Medical and sanitary report on the native army of Bombay for the year
Year: 1877
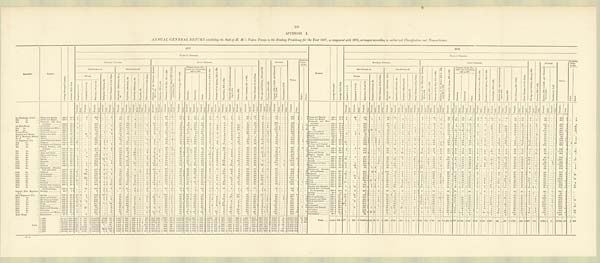
101
APPENDIX I.
ANNUAL GENERAL RETURN exhibiting the Sick of H. M.'s Native Troops in the Bombay Presidency for the Year 1877, as compared with 1976, arranged according to authorized Classification and Nomenclature.
REGIMENT.
STATION.
A v e r a g e S t r e n g t h P r e s e n t .
A v e r a g e D a i l y S i c k .
1877.
STATION.
A v e r a g e S t r e n g t h .
A v e r a g e D a i l y S i c k .
1876.
CLASS OF DISEASES.
CLASS OF DISEASES.
GENERAL DISEASES.
LOCAL DISEASES.
O l d A g e a n d D e b i l i t y , 9 0 4 a n d 9 0 5 .
P o i s o n s , 9 0 6 t o 9 9 1 .
INJURIES.
TOTAL.
SURGICAL
OPERA-
TIONS.
GENERAL DISEASES.
LOCAL DISEASES.
O l d A g e a n d D e b i l i t y , 9 0 4 a n d 9 0 5 .
P o i s o n s , 9 0 6 t o 9 9 1 .
INJURIES.
TOTAL.
SURGICAL
OPERA-
TIONS.
Sub-Division A.
Sub-Division B.
D i s e a s e s o f t h e N e r v o u s S y s t e m ,
5 9 t o 1 0 4 .
I N s a n i t y , 1 0 5 t o 1 1 0 .
D i s e a s e s o f t h e E y e , 1 1 1 t o 1 8 5 .
D i s e a s e s o f t h e H e a r t , 2 1 9 t o 2 4 4 ,
a n d 2 5 0 t o 2 5 8 .
D i s e a s e s o f L u n g s , 2 9 0 t o 3 3 7 .
D i s e a s e s o f t h e S t o -
mach and Intestines,
449 to 500.
D i s e a s e s o f t h e L i v e r , 5 0 1 t o 5 2 0 .
D i s e a s e s o f t h e S p l e e n , 5 2 4 t o 5 3 0 .
G o n o r r h œ a , 5 8 5 t o 5 9 4 .
A b s c e s s , 8 1 9 ; a n d e l s e w h e r e a c c o r d -
i n g t o s i t e .
U l c e r s , 8 5 9 .
S k i n D i s e a s e s , 8 2 7 t o 9 0 1 .
O t h e r D i s e a s e s o f t h i s C l a s s .
I n j u r i e s , 9 9 2 t o 1 1 4 6 , a n d B l i s t e r e d
F e e t , 1 1 4 8
P u n i s h m e n t , 1 1 4 7 .
M a j o r .
M i n o r .
Sub-Division A.
Sob-Division B.
D i s e a s e s o f t h e N e r v o u s S y s t e m ,
5 9 t o 1 0 4 .
I n s a n i t y , 1 0 5 t o 1 1 0 .
D i s e a s e s o f t h e E y e , 1 1 1 t o 1 8 5 .
D i s e a s e s o f t h e H e a r t , 2 1 9 t o 2 4 4 ,
a n d 2 5 0 t o 2 5 8 .
D i s e a s e s o f t h e L u n g s , 2 9 0 t o 3 3 7 .
Diseases of the Sto.
mach and Intestines,
449 to 500.
D i s e a s e s o f t h e L i v e r , 5 0 1 t o 5 2 0 .
D i s e a s e s o f t h e S p l e e n , 5 2 4 t o 5 3 0 .
G o n o r r h œ a , 5 8 5 t o 5 9 4 .
A b s c e s s , 8 1 9 ; a n d e l s w h e r e a c c o r d -
i n g t o s i t e .
U l c e r s , 8 5 9 .
S k i n D i s e a s e s , 8 2 7 t o 9 0 1 .
O t h e r D i s e a s e s o f t h i s C l a s s .
I n j u r i e s , 9 9 2 t o 1 1 4 6 , a n d B l i s t e r e d
F e e t , 1 1 4 8 .
P u n i s h m e n t , 1 1 4 7 .
M a j o r . M i n o r .
Fevers.
M a l i g n a n t C h o l e r a , 1 8 .
O t h e r D i s e a s e s o f t h i s C l a s s .
R h e u m a t i c A f f e c t i o n s , 3 4 t o
4 2 .
S y p h i l i t i c A f f e c t i o n s , 4 3 .
S c o r b u t i c A f f e c t i o n s , 5 4 .
Dr o p s i e s , 5 7 .
O t h e r D i s e a s e s o f t h i s C l a s s .
D i a r r h œ a .
D y s e n t e r y .
O t h e r .
Fevers.
M a l i g n a n t C h o l e r a , 1 8 .
O t h e r D i s e a s e s o f t h i s C l a s s .
R h e u m a t i c A f f e c t i o n s , 3 4 t o
4 2 .
S y p h i l i t i c A f f e c t i o n s , 4 3 .
S c o r b u t i c A f f e c t i o n s , 5 4 .
D r o p s i e s , 5 7 .
O t h e r D i s e a s e s o f t h i s C l a s s .
D i a r r h œ a .
D y s e n t e r y .
O t h e r .
E r u p t i v e , 1 t o 5 0 .
C o n t i n u e d , 6 t o 1 4 .
M a l a r i o u s , 1 5 a n d 1 6 .
E r u p t i v e , 1 t o 5 .
C o n t i n u e d , 6 t o 1 4 .
M a l a r i o u s , 1 5 a n d 1 6 .
T r e a t e d . D i e d .
T r e a t e d .
Di ed.
T r e a t e d .
D i e d .
T r e a t e d .
Di ed.
T r e a t e d .
D i e d .
T r e a t e d .
Di ed.
T r e a t e d .
D i e d .
T r e a t e d .
D i e d .
Tr eat ed.
D i e d .
T r e a t e d .
D i e d .
T r e a t e d .
D i e d .
Tr eat ed.
Di ed.
Tr eat ed.
D i e d .
Tr eat ed.
D i e d .
T r e a t e d .
Di ed.
T r e a t e d .
D i e d .
T r e a t e d .
D i e d .
T r e a t e d .
D i e d .
T r e a t e d .
D i e d .
T r e a t e d .
Di ed.
Tr eat ed.
D i e d .
T r e a t e d .
D i e d .
T r e a t e d .
D i e d .
T r e a t e d .
D i e d .
Tr eat ed.
D i e d .
T r e a t e d .
D i e d .
T r e a t e d .
D i e d .
T r e a t e d .
D i e d . T r e a t e d . D i e d .
T r e a t e d .
D i e d .
T r e a t e d .
Di ed.
T r e a t e d .
D i e d .
Treated.
Di ed.
Tr eat ed.
D i e d .
T r e a t e d .
D i e d .
T r e a t e d .
D i e d .
T r e a t e d .
D i e d .
Treat ed.
D i e d . T r e a t e d .
D i e d .
T r e a t e d .
Di ed.
T r e a t e d .
D i e d .
Tr eat ed.
D i e d .
T r e a t e d .
D i e d .
Tr eat ed.
D i e d .
Treated.
Di ed.
T r e a t e d .
D i e d .
T r e a t e d .
D i e d .
T r e a t e d .
D i e d .
T r e a t e d .
D i e d .
T r e a t e d .
Di ed.
T r e a t e d .
D i e d .
T r e a t e d .
D i e d .
Treated.
D i e d .
T r e a t e d .
Di ed.
T r e a t e d .
Di ed.
T r e a t e d .
Di ed. T r e a t e d .
D i e d .
T r e a t e d .
D i e d .
Tr eat ed.
Di ed.
T r e a t e d .
D i e d .
528
2 ...
8 Poona and Baroda
... 435 . 8
17 . 0
1
...
28
. . .
187 ... ...
... 1
. . .
20 ... 13
. . ....
. . . . . .
. . ....
...
2
1 ...
. . .
26 . . ....
. . .22
1
5
. . .
14 . . .
6
. . .
8
1
2 ...
14 . . .
. . .
. . .3
. . .
51 ...
15 ...
2 ...
. . .
. . .83
. . ....
... 503
3
...
7
1st Regiment, N.L.C. ... Poona and Baroda ... 432 . 7
16.0
2
. . .
9
...
280 1 ... ...
2
. . .
10
...
9
. . .
. . . . . ....
. . .
. . .
. . .
1
. . . .
... ...
2 0
. . .
1
. . .
15 1
6 ...
17
. . .
5 ...
3
...
1 ... 13
...
1 ...
1 ...
40
. . .
1 7
...
2
. . .
...
. . .
7 3 ... ... ...
308
3
. . .
2 Deesa and R ajkot
... 460 . 4
11.3
2
..
.
2
...
90 ... 1
. . .
1
. . .
25
. . .
1 . . .2
. . . . . .
. . ....
...
5
. . ....
. . .
8
. . .1
. . .17
2
12
. . .
11 . . .
36
. . .
2
. . .
. . ....
9
. . .
9
. . ....
. . .
16 ...
11 ...
4 ...
1
. . .88
. . ....
... 354
2
...
2
2nd
do.
... Deesa and Rajkot. ..... 459 . 0
11 . 9
1 ...
7
...
70 ... ... ...
... ...
27 ...
1 ...
3 ... ... ...
. . .
. . .
1
. . .... ...
14
. . ....
. . .
15 1
2
. . .
13
1
17
. . .
4
. . .
. . .... 4
. . .
6 ...
4
. . .
20
1
9
. . .
5
. . . . . . . . .
85
. . .
. . .
. . .
4 6 8
. . .
. . .
. . . Neemuch and Nus-
seerabad...........
440.2
15.4
. . ....
...
. . .
213...
...
. . .
. . .
. . .
37
. . .
6 . . .1
. . . . . .
. . ....
...
6
. . ....
. . .
19 . . .2
. . .11
...
7
. . .
19 1
11
1
5
. . .
3 ...
5
. . .
2
. . ....
. . .
80 ...
21 ...
1 ....
2
. . .151
. . ....
... 602
2
...
2
3rd
do.
... Neemuch and Nus-
seerabad
443.8
12.6
3
. . .
. . .... 144
. . .
. . ....
. . .
. . .
47 ...
13 . . .
5 . . ....
. . .
. . .
. . . 11 . . . ... ...
22
. . . 1
. . .
8...
6
. . .
13
...
14
...
4
...
. . ....
2
. . .
2...
. . .
. . .
47
. . .
13
. . .
3
. . . 1
. . .
1 0 9
. . .
. . .
. . .
729
3
1
34 Jacobabad
325.2
14 . 3 ...
...
. . .
. . .
436...
...
. . .
. . .
. . .
19
. . .
12 . . .8
. . . . . .
. . ....
...
. . .
. . ....
. . .
6
. . ....
. . .10
4
8
. . .
21 . . .
5
. . .
3
. . .
. . .....
11 . . .
4
. . .39
. . .
33 ...
10 ...
2 ...
1
. . .73
1 ...
...
701
5 ...
33
1st Sind Horse
... Jacobabad
358.9
19 . 2 ... ...
. . . ...
347 3 ... ...
1 . . .
20 ...
16 ...
6 ... ...
. . .
2
. . .
2 ... ... ...
16
. . .
...
...
22
...
32
. . .
30 ...
14 ...
2 . . .
8 ...
8 ...
8 ...
26
. . .
4 3 ...
16 ...
2 ...
1 ...
1 0 7
. . . ...
. . .
290
4
1
7
Do. . . . . . . . . . . . . . . . . . . . . . . . . . . . . . .
340.0
11.8
. . ....
...
. . .
220 ...
...
. . .
. . .
. . .
9
. . . 11
. . . 3
. . . . . .
. . . 1 ...
1
. . . 1
. . .
5
... 1 ...
19
2
. . .
. . . 8
. . .
2
. . .
. . . . . .
. . . ...
12 . . .
6
. . .50
. . .
19 ...
5 ...
1 ...
. . .
. . .47
. . ....
... 421
2 ...
13
2nd do.
... Jacobabad and Mittri. 284.0
11 . 5
5 ...
...
...
105 1 ... ...
... . . .
11 ...
14 ...
7 ... ... ... ...
...
3 . . .... ...
1 . . . ...
. . .
12 2
6
. . .
19
. . .
3
. . .
1 . . .
3 ...
4 ...
7 ...
32 ...
1 6 ...
6
. . .
2 ...
2 ...
31 1 .. .
...
571
7
1
39
Do
.....
369 . 7
17.7
. . ....
...
. . .
402 1 26
9
. . .
. . .
16
. . . 4
. . . ...
. . . . . . ...
4 ...
2
1 ...
. . .
11 . . ....
. . .
13
5 60 3 36
2 19
...
. . . ...
3 ...
3
. . .
8
. . .60
26 ...
12 ...
4 ...
. . .
. . .112
. . ....
... 821
21 ...
28
3rd do.
... Jacobabad
332.4
12.1
. . . . . .
. . . ... 222
. . .
. . ....
2 1
15 ...
1
. . .
. . . . . ....
. . .
. . .
. . .
7 1 ... ..
8 . . .1
. . .
12 1
38 2
22
. . .
10
. . .
2 . . .
7 ...
2 . . .
7 ...
23
. . .
54
. . .14
. . .
3
. . . . . . . . .
1 2 1
2
. . .
. . .
240
4 ...
. . . Sirur and Dhulia ...... 416 . 5
13.2 . . .
...
1
. . .
111 1 ...
...
2
1
23
...
1 ...
1 ... 1 ...
3 ...
3 ... ...
...
9
... 1 ...
11 ...
4 ...
9 ... 16
... 2 ...
. . . ...
2 ...
8 ...
2
...
14 ... 12
...
3 ...
. . .
. . .
6 2
. . .
...
...
301
2 ...
2
Poona Horse
... Sirur and Dhulia
424 . 1
10 . 2 . . .
...
. . . ... 86
. . .
1 1
. . . . . .
1 5
...
3
. . .
1 . . ....
. . .
3
1
7 . . .
1
...
1 5
...
...
. . .
6 ...
3 ...
4
. . .
14 ...
4 . . .
. . . ...
5 ...
2 ...
. . .
. . .
1 2 ...
19
1
2
. . . 2
1
3 5... ...
. . .
4 6 8
5
. . .
3 Kirkee and Aden .....
464.5
9.5
2 ...
2
1
58 ... 1
. . .
. . .
. . .13
. . .
14 . . . 4
. . . 1
. . ....
..
1
. . .2
. . .
27 . . . 1
1
12 ...
4
. . .
8
. . .
3
. . .
1
. . .
1 ...
6
. . .
. . .
. . . 4
. . .
21 ...
10 1
3 ...
3
. . .28
. . . ... ... 230
3 ...
. . .
Sappers and Miners
... Kirkee and Aden
470.1
16 . 7
1
...
41 1
128
. . . ... ...
3 ...
3 4 ...
18 ...
4 . . .... ...
3 ...
3 . . .
1
...
20
. . .2
1
13 1
16 . . .
8
1
31
. . .
3 1
2 ...
4 . . .
1 ...
9
. . .
28
. . .17
. . .
2
. . . 4
. . .
7 2 ... ... ...
75
1
. . .
3 Rajkot
120.0
3.0
. . . ...
...
. . .
25 ...
1
. . .
. . . . . .
11
. . . 3
. . . ...
. . . . . .
. . ....
...
3
. . ....
. . .
3
. . . ... . . .
2 ...
3
. . .
2
. . .
3
1
. . . . . .
. . . ...
3
. . .
. . .
. . . 2
. . .
2 ...
3 ...
1 ...
. . .
. . .17
. . ....
... 84
1 ..
1
No. 1, Mountain Battery. Raj kot ................
117.0
2 . 8
. . .
. . .
4 ...
20 1
. . ....
. . .
. . .
6 ...
...
. . .
. . . . . ....
. . .
. . .
. . .
. . . . . .... ...
5
. . ....
. . .
10 ...
. . . . . .
4
. . .
2
. . .
7 . . .
. . ....
3 . . .
2 ...
1
. . .
7 ...
. . .
...
1 ... ... ...
3 ... ... ...
519
2 ...
6 Jacobabad ..........
95.4
7 . 6 ... ...
...
. . .
163 1
9
5
. . . ...
26 ... . . .
...
...
. . . . . .
. . . 1 ...
. . .
. . ....
. . .
. . . . . . ... . . .
91
24
1
6
1
9
. . .
. . . . . .
1 ...
1
. . .
1
. . . 11
. . .
2 ...
8 1
4 ...
1
. . .23
. . ....
...
299
10 ...
5
No. 2
do.
... Mittri... ........
155 . 0
16 . 2
. . .
. . .
. . ....
237 1
. . ....
. . .
. . .
26 ...
5
. . .
. . .
. . .... ...
. . .
. . . . . .
. . . ... ...
6
. . ....
. . .
17 ...
46 . . .
50
. . .
13
. . .
1 . . .
3 ....
7 . . .
2 ...
32
. . .
7
. . .
9
. . .
2
. . . . . . . . .
56
. . .
. . .
. . .
6 4 6
6
1
1 Ahmedabad and S a d r a .
6 9 3 . 629.3
. . ....
... . . .
423 3
5
2
2 ...
71 ...
3
. . . 5 ... 1 ...
3
1
4
1 1 ... 55
... ... ...
65
2 25 ... 29
... 24
1
1
1
6 ...
7 ...
6 ... 18
...
24 ... 26 ... 15 ... 1 ..
59 ... ... ...
879
11 ...
2
1st Regiment, N.I.
... Ahmedabad and Sadra
666 . 9
22 . 1
3 ...
. . .... 238
. . .
4 1
. . .
. . .
78 ...
4
. . .
. . . . . ....
. . .
7
1
3
. . .1 ...
29
. . .3
1
58 2
33 1
24
. . .
15
. . .
2 . . .
. . ...
9 . . .
5 ...
2
. . .
40
. . .
15
. . .
16 . . . 1
. . .
56
. . .
. . .
. . .
3 7 5
9
3
20
B e l g a u m
6 3 0 . 0
1 6 . 7
21
. .
.
...
. . .
1 2 0 2
1
1
2 ...
13
. . .
2 . . . 6
. . . . . .
. . .
. . . ...
5
1 ... ... 30 ... 4 1
33 ...
10
... 25
... 10
. . . 4 ...
1 ...
4 ... 10 ... 10 ...
32 ... 19
...
6 ... 1 ...
41
. . . ... ...
410
5
2
34
2nd
do.
... Belgaum ...........
631.0
19.3 26
. . .
. . ....
108
1
6 5
. . .
. . .
7 ...
17 ...
7 ... ...
. . .
. . .
. . .
2 . . .... ..
1 0
. . ....
. . .
19 1
13 1
28
. . .
11
. . .
6 . . .
5 ...
5 . . .
. . ....
13
. . .
31
. . .
17
. . .
8
. . . 4
1
32
. . .
. . .
. . .
727
4
. . .
2
Kol a pur a nd Ka l a dj i . . .
6 3 6 . 8
1 7 . 2
3 ...
...
. . .
199...
. . .
. . . 1
. . .7
...
15
. . . 4
. . .
...
. . .3
..
4
. . .2
. . .
26 . . . 2
. . .
48 1
14
. . .
24
. . .
26
1
2
. . .
3 ...
9
. . .
5
. . .4
. . .
72 ...
21 ...
14 ...
1
. . .121
. . ....
...
630
2 ...
. . .
3rd
do.
... Kolhapur and Kaladgi 637 . 4
19 . 1
5 ...
...
... 277
2
1 ...
1
. . .
35 ...
27 . . .
5 . . ....
. . .
5
..
5 . . .... ...
37
. . ....
. . .
45 2
24 . . .
35
. . .
18
. . .
7 . . .
2 ..
16 . . .
7 ...
2
. . .
49
. . .
29
. . .
13 . . . . . . . . .
82
. . .
. . .
..
8 5 7
5
2
5 Satara, Bombay, and
Assirgur .......
6 0 3 . 3
1 7 . 8
4 ...
3
1
184...
...
. . .
12
. . .73
. . .
20 . . . 7
. . . . . .
. . .2
...
2
. . .1
. . .
18 . . . 3
. . .
36 2
20
. . .
9
. . .
26
. . .
1
1
. . . ...
5
. . .
2
. . .4
.
60 ...
19 ...
9 ...
1
. . .82
. . ....
... 603
4 ...
7
4th
do.
... Satara, Bombay, and
Assirgur.........
657.6
24 . 4 3 ...
...
...
416 ...
3 1
3 1
55 ...
39 ...
4 ... ...
. . .
. . .
. . .
3 . . .
..
....
5 9
. . . 2
...
3 4
1
13
. . .
13
. . .
21
. . .
6 1
. . ....
13 . . .
. . ....
1
. . .
59 ...
22 ...
11 ... 1 ...
76 1 ...
...
860
5 ...
24 Poona ..................
5 8 9 . 0
2 2 . 1
5 ...
. . . . . .
7 8 4
... ...
. .
3
. . .
32
. . .
8
. . .
7
. . . . . .
. . .
. . . ...
2
. . . 1
. . .
2 1
. . .
1 . . .
2 0...
1 0
. . .
1 2
. . . .
2 8
. . .
1
. . .
3 ...
1 3
. . . .
6
. . .
1
. . .
6 6 ...
1 4 ...
4 ...
. . . . . .
7 7
. . . ...
...
1,119
. . . ...
2 6
5th
do.
... Poona.........
606.0
18.8
5
. . .
. . . ... 559
2
. . ....
1
. . .
32 ...
27 . . .
3 .. 1
. . .
3
. . .
5 . . .2 ...
28
. . .1
1
12 ...
12 2
12
. . .
9
. . .
. . . . . .
2 ...
15 . . .
5 ...
1
. . .
50
. . .
26
. . .
. . . . . . . . . . . .
49
. . .
. . .
. . .
3 8 6
7
. . .
5 Aden and Perim ......
6 9 2 . 6
1 4 . 6
. . ....
...
. . .
1463 ...
. . .
. . .
. . .30
. . .
3 . . . 22
. . . . . .
.. 7
...
10
. . .4
. . .
8
. . . 1
..
16 1
14
. . .
22
. . .
25
. . .
8
. . .
6 ...
4
. . .
3
. . . 3
..
32 ...
26 ...
1 ..
3
. . .45
. . ....
... 439
4 ...
5
6th
do.
... Aden and Perim ............. 691.0
15.5
. . . . . .
1 ... 53
. . .
. . . ....
. . .
. . .
75 ...
2
. . .
33 1 ...
. . .
3
1
3 . . .7 ...
3
. . . ...
. . .
23
3
3 6 1
2 5 ...
1 9 ...
4 . . .
3 ...
1 ...
2 ...
6
. . .
2 5
. . .
17
. . .
1 1 . . . 1 ...
33
1 ...
...
454
7 ...
8 Rajkot, Tanna, and
Burdachoky .........
7th
do.
... Rajkot and Tanna ...
599.0
15 . 2 ... ...
...
...
199
1
1 1
...
. . .
33
...
7
. . .
1 0 . . ....
. . .
. . .
. . .
4 1
... ...
1 6
...
2
1
2 1
1
7
...
1 8
. . .
2 0
..
1 9
1
5 ...
5
. . .
6 ...
4 ...
2 5
. . .
1 5 . . .
5 1
. . . . . .
32 . . .
. . .
. . .
9 6 1
6
. . .
29
Burdachoky ......... 623 . 2
24 . 1
7
1
1
...
493 1
1 ...
1 ...
42 ...
3
... 24 ...
. . .
...
3 ...
1
1 ... ... 11 ... 3 ...
30
... 15
... 12 ... 23 ...
9
. . . 2 ...
1 ... 20
. . . 10 ...
31 ... 21 ... 30 ...
. . .
...
35 1 ...
...
829
4 ...
1
8th
do.
... Poona ...............
631.6
24.3
8 ...
5 ...
517 3 ... ...
. . . ...
39 ...
30 . . .
4 ... ... . . .
2
...
13
... 3 ...
32
. . ....
. . .
40 1
13 . . .
24
. . .
37
..
3 1
3 ...
2 . . .
2 ...
3
. . .
36
. . .
18
. . .
8
1
. . . . . .
1 1 9... ... ...
486
13 ...
. . . Poona ........
684.0
28.1
19 ...
...
. . .
648...
...
. . .
1
. . .68
. . .
33 . . .1
. . . . . .
. . .12
...
7
. . .5
. . .
15 . . . 3
. . .
1062
24
. . .
14
. . . .
43
. . .
4
. . .
2 ...
10
. . .
5
. . .4
. . .
43 ...
24 ... 32
...
. . .
. . . .214
. . ....
... 1,337
2 ...
17
9th
do.
... Baroda ............
671.3
15.2
4
. . .
. . .... 181
2
13 8
. . .
. . .
28 ...
4
. . .
1 . . ....
. . .
6 1
8 1 ... ...
47
. . ....
. . .
36 ...
11 . . .
22
. . .
13
. . .
1 1
2 ...
2 . . .
. . ....
6
. . .
33
. . .
25
. . .
. . . . . . . . .
4 3
. . .
. . .
. . .
1 2 7 7
1
. . .
. . . Baroda ............
662.0
11.9
. . ....
...
. . .
222...
...
. . .
2
. . .31
. . .
7 . . ....
. . . . . . .
. . .5
2
11
. . .1
. . .
24 . . . ... . . .
42 ...
5
. . .
12
. . .
12
. . .
. . . . . .
. . . ...
3
. . .
3
. . .4
. . .
20 ...
13 ... 1
...
. . .
. . .44
. . .1
... 463
2 ...
. . .
10th
do.
... Neemuch ..............
637.7
38.7
4
. . .
. . . 948
. . .
1 ...
1
. . .
32 ...
15 . . .
. . . . . ....
. . .
. . . . . .
8 . . .2 ...
12
. . . ..
. . .
23 ...
18
. . .
9 ..
22
. . .
1 1
2 ...
10 ...
8 ...
10
. . .
42 ...
1 8
...
1
. . . . . . . . .
89 . . .
1
. . .
764
5 ...
3 Mehidpur and Agar ... 621.0
48.1 10 ...
1
...
943 3 ... ... 21 ...
77
1 23 ...
7 ... ... ...
1 ...
1 ... 2
12
. . .
...
. . .
45
1 25 ... 14 ... 32 ... 8 ... 2 ... 10 ... 7 ... 10
. . .
54 ... 34 ... 11 ...
. . . . . .
119
..
1 ... 1,470
5 ...
4
llth
do.
... Bhuj
684.1
29.7
2
. . .
3
1
300 2
. . ....
2
. . .
42 ..
15 . . .
10 . . ....
. . .
3 . . .
22 . . .... ...
24
...
1
...
76 1
11
...
21 ...
29
...
7
...
1 ...
1 5
...
3 ...
4
. . .
41 ...
22 ...
. . . . . . 4
1
1 0 6 ...
. . . ...
531
6 ...
2 Bhuj
678.2
19.2
2 ...
42
. . .
132... ...
. . .
. . .
. . .22
. . .
20 .. 7
. . . . . .
. . .1
...
15
. . ....
. . .
12 . . .1
..
37 ...
9
1
15
. . .
35
. . .
15 1
3 ...
7
. . .
6
. . .15
. . .
23 ...
35 ... ...
...
1
. . .44
. . .
. . ....
4 9 9
2 ...
1
12th
do.
... Dharwar
648.7
14.1
4 ...
1 ...
178 ...
3 2 ...
...
19 ...
44 ...
1 ... ...
. . .
4
. . .
13 2 ... ....
18
. . ...
. . .
24 ...
9
1
29
. . .
10
. . .
6 1
1 ...
33 . . .
12 ...
8
. . .
11
. . .
36
. . .
22 . . . . . . . . .
44
. . .
1
. . .
5 3 1
6
. . .
2 Dharwar
642.8
13.6
1 ...
3
. . .
68 ...
2
2
. . .
. . .
30
. . . 5
. . .
. . .
. . . . . .
. . . 1 .... 10
. . . ...
. . . 15 ... ... . . .
17
2
7 ... 17 ... 10 ... 14 ... ... ...
4 ... 12 ...
6
. . . 17 ... 43 ...
4 ... ... ...
32
. . . ... ...
318
4 ...
5
13th
do.
... Malligaum Ahmeda-
bad, and' Sadra
... 618 0
15.7
9
. . .
15 ...
207 2
3 1
2 ...
41 ...
7
. . .
1
. . .
... ...
5 1
10 ....
. . ....
33 ... ... ...
52 ...
23 ...
37 ...
46 ...
2 ...
1 ...
3 ...
10 ...
5 ...
28 ...
37 ...
4 ... 2 ...
91 ... ... ...
674
4 ...
4 Malliganm, Ahmeda-
bad and Sadra
655.5
20.5
5
...
...
...
263
...
12 2
. . .
... 100 ...
9 ...
1
. . . . . .
. . .
3
1 18
. . ....
. . .
35 . . ....
. . .
93 ...
18
. . .
21
. . .
37
. . .
2
. . .
. . . ....
6
. . .
4
. . . 2
. . .
37 ...
26 2
9 ...
1
. . .65
. . ....
... 767
5 ...
. . .
14th
do.
... Belgaum
598.1
20.9 19 ...
8 ...
156 1
. . ....
. . .
. . .
13 ...
8 . . .
. . . . . .2
. . .
3
1
4 . . . 1...
15
. . .1
. . .
31 1
32 . . .
25
. . .
10
.. .
6 . . .
. . . ...
17 ...
2 ...
8 ...
21
. . .18
1
2
. . . . . . . . .
51
. . .
. . .
. . .
4 5 3
4 ...
23 Belgaum
569.1
17.41 18 ...
...
. . .
196 ...
...
. . . 1
1
18
. . . 7
. . . 2
. . . . . .
. . . 3 ...
4
. . ....
. . . 39
. . . 1
..
72 3
9
. . .
12
. . .
8
. . .
7
. . .
. . . ...
8
. . .
3
. . . ...
. . .
30 ...
14 1
... ...
1
. . .36
. . ....
... 489
5 ...
20
15th
do.
... Ahmednugur
585.0
17.3
6 ...
201 ...
103 2
2 1
2 ...
10 ...
17 ... ...
.. . . . ..
3
1
5 1 ... ...
75
. . ....
. . .
10 2
25 . . .
37
. . .
12
. . .
1
. . .
. . ....
10 . . .
8 ...
4
. . .
22
. . .16
. . .
. . . . . . . . . . . .
36
. . .
. . .
. . .
6 0 5
7
. . .
30 Ahmednugur ......
584.0
1 3 . 6
5 ...
36
. . .
1323
...
. . .
5
. . .21
. . .
19 . . . 1
. . . . . .
. . ....
...
5
. . . ...
. . .
29 . . .3
. . .
18 ...
23
. . .
33
. . . .
12
1 ... ... ... ...
3 ... ...
. . .
2
. . .
39 ...
15 ...
... ... ... ... 18
. . ....
... 419
4 ...
...
16th
do.
... Nusseerabad ..........
668.0
22.2
16 . . .
. . .... 505
. . .
. . . ...
. . .
. . .
53 ...
13 . . .
3 1 ...
. . .
. . .
. . .
3 . . .... ...
39
. . .
....
. . .
30 2
29 ...
1 ...
11
. . .
. . . ...
1 ...
8
.....
. . . ...
3 ...
83 ...
23 ...
19 . . . . . . ...
74 ... ...
...
9 1 4
3 ...
. . . Nusserabad
653.1
39.2
3 ...
3
1
862 1
... ...
5 ...
65 ...
4 ... ...
...
. . .
...
... ...
6
1 ... ... 25
... 1 1
49 ...
56
.. 8 ... 21 ...
1 ...
2 ...
9 ... 2 .. .
10
. . . 72 ... 21 ...
15 ...
... . . .
81
. . . ... ... 1,321
4 ...
11
17th
do.
... Surat
635.9
29.8
. . .
...
409 ...
692 3
22
. . .
. . .
44 ...
9 ...
5 . . .
...
. . .
1 ...
9
. . . ...
..
11
. . ....
. . .
55 ...
50
. . .
28
. . . 15 1
2
. . .
3 ...
6 . . .
14 ...
54
. . .
20
. . .
21
. . .
28 . . . 1
. . .
26
. . .
. . .
. . .
1 5 1 5 6
. . .
. . . Surat
631.6
35.0
. . .
...
..
...
684 3 11
6
1
1
98 ...
7 ..
9 1 ... ... ... ...
9
. . .
...
. . . 2 ... 2 2
25
1 46 ... 76 ... 41 ...
4 ...
7 ... 16 ... 24 ... 67
1
22 ... 18 ... 27 ... 2 ...
14
. . . ... ... 1,212
15 ...
...
18th
do.
... Deesa
611.1
11.8 10 ...
6 ...
103 ...
. . . ...
1
. . .
32
...
9
. . .
5 . . ....
. . .
. . . . . .
2 . . . ...
...
2 2
. . . ...
. . .
12 ...
10
. . .
7
. . .
12
. . .
. . . ...
1 ...
4 ...
4 ...
2 ...
39 ...
2 1
...
22 . . . ...
. . .
71
. . .
. . .
. . .
3 9 5
. . .
. . .
6 Deesa
627.0
16.2 10 ...
. . .
. . .
86 ... ...
. . .
. . .
. . .
66
. . . 8
. . . 3
. . . 1
. . . 3 1
7
. . ....
. . . 51
. . . 3 1
51 ...
6
1 10 ... 22 ...
3 ...
2 ...
7 ... 10 ...
5
. . . 47 ... 26 ...
9 ... ... . . .
95
. . . ... ...
531
3 ...
9
19th
do.
... Sholapur
613.1
32.1
7 ...
1 ... 567
2
1 1
1
...
34 ...
73 ...
6 .. ...
..
1
...
14 . . .1 ...
4 6
. . . 1
. . .
15 ...
40 2
46
2
23
2
3 ...
. . . ...
29 . . .
7 ...
10 ...
38 ... 36 ...
4
. . . ...
. . .
45 . . .
. . . . . .
1 0 4 9
9
1
34 Sholapur .......
631.5
10.7
. . ....
...
. . .
104 ...
3
1
. . .
. . .
20
. . . 18
. . . 1
. . . . . .
. . .1
1
3
. . ....
. . .
17 . . ....
. . .
17 1
3
. . .
15
. . .
12
. . .
1
. . .
. . . ...
17
. . .
. . .
. . . 8
. . .
34 ...
23 ...
2 ...
. . .
...
39
. . ....
... 338
3 ...
11
20th
do.
. . . Bombay and Junjeera 596.4
23.5
7 ...
2 ...
208 ...
4 3
10 ...
22 ...
26 ..
11 ... ...
. . .
6
. . .
8 1 ... ...
8 . . .1
. . .
16 ...
31 . . .
8
. . .
12
. . .
1 . . .
1 ...
13 . . .
4 ...
2
. . .
47
. . .21
. . .
58 . . . . . . . . .
69
1
. . .
. . .
5 9 6
5
. . .
15 Bombay and Junjeera.. 611.5
42.8
4 ...
19 ...
210 3
2
2
1 ...
85
. . . 28
.. 15
... ... ...
5 ... 12
... 1 ...
9 ... ...
. . .
28
1 40
1 16
1 13 ...
6 ...
1 ... 13 ...
3 ... 11
. . . 61 ... 20 1 54
3 1
. . .
97 1 ... ...
755
13 ...
61
21st
do.
... Bombay and on board
the Steamships
... 632.6
15.9 ... ...
13 ...
268 2
2 1
2
. . .
27 1
20 ...
9 ... ... ...
3 ...
4 . . .
... ...
1 0
... 2 1
24 2
25
. . .
7
. . . 24 . . .
5 1
2 ...
12 . . .
1 ...
1 . . .
26 ...
11 ...
4
. . . . . . . . .
34
... ...
...
536
8 ...
. . . Bombay and on board
the Steamships ...... 637.6
16.3 2 ...
3 ...
213 1 ...
...
3 ...
19 ... 36 ...
9
. . .
. . .
..
5
2
5
...
...
...
15 ...
...
...
28 ... 23 ... 7 ... 22 ...
7 ...
2 ...
9
. . . 5 ...
4
. . .
48 ... 23 ...
3 ... ...
. . .39
. . .1
... 531
3 ...
. . .
Details, 21st Regiment,
N.I.
Bombay
30.7
1.8
. . . . . .
. . .... 3
. . .
1 1
. . .
. . .
. . ....
1
. . .
3 2 ...
. . .
4
. . .
. . .
. . .
...
... 1
. . .
...
. . .
2 1
1
. . .
4
1
2
...
1 . . . ... ...
. . .
...
. . . ...
1
1
1 ...
...
...
5
1
. . .
...
1 ... ...
. . .
32
7 ...
. . .
Bombay
Baroda
28.0
647.0
1 . 9
22.1
. . .
13 ... ...
. . .
52
. . .
...
4
199
1
2
...
...
. . .
. . .
. . .
. . .
. . .
. . .
...
82
. . .
2
5
6
. . .
. . .
...
...
. . .
. . .
. . .
. . .
. . .
. . .
2
...
1 ...
. . .
1
. . .
. . .
...
...
. . .
. . .
. . .
70
. . .
. . .
1
...
. . .
..
. . .
38
...
1
1
37
. . .
...
. . .
... ... . . .
. . .
11
. . .
...
1
1
1
...
. . .
1 .. ...
2
4 ... . . .
. . .
2
. . .
...
1
4
. . .
. . .
1
52 ... ...
. . .
16
...
1
3
3 2 ... . . .
...
. . .
...
2
63
. . .
. . .
. . .
1
...
...
23
656
5
6 ... ...
. . .
...
22nd Regiment, N.I. ... Baroda
645.6
36.3 15
1
1 ...
253 2
16 7
. . .
. . .
71 ...
6
. . .
. . . . . ....
. . .
. . .
. . .
4 1 ... ...
1 5 4
. . . ...
. . .
58
2
26 1
10 ...
12 ...
5 1
. . . ...
9 . . .
9 ...
10 ...
47 ... 11
. . .
15 . . . .. ...
82 ...
. . . . . .
814
15 ...
. . . Mhow and Indore
639.5
36.1 10 ...
3 ...
330 2 ...
...
1 ...
59
. . . 15 ...
5
1 ... ...
7
... 16
. . .1 ... 22 ... 10 1
32 ... 49 ... 36
... 49 ...
2 ...
1 ... 15 ... 8 ...
24
. . .
62
... 29 ...
2 ... 1 ...
142 ... ...
...
931
4 ...
...
23rd
do.
... Mhow and Indore
651.4
23.1 17 ...
4 ...
377 1
1 1
1
. . .
42 ...
13
...
3
...
... ...
5
...
13
... 1
...
12
...
1
...
18 1
19
...
12 ...
37 ...
3 . . .
3 ...
6
...
10 ..
34 ...
60 ... 38
1
1 ...
1 ...
84 ...
1 ...
8 1 7
4 ...
2 Neemuch and Delhi... 651.6
18.6
2 ...
...
...
407 4 ...
... 1 ...
29 ...
9 ...
7 ...
. . . ...
2
...
9
1 4 ... 13 ... 2
. . .
93
2 17 ... 20 ... 18 ...
8
. . . 1 ... 12
. . . 1 ...
1
. . . 45 ... 33 ...
3 ... 2 ...
70
. . . 3 ...
812
7 ...
11
24th
do.
... Mehidpur and Agar
649.6
16.5
9 ...
...
...
424 ...
1 1
2 ...
18
...
14
...
2 .. 1
...
1
...
8
. . . ... ...
25
...
1 1
62 4
23
1
18
. . .
22
. . .
1
1
2
...
1 2
. . .
. . . ...
. . . . . .
19 ... 21
. . .
4
. . .
3
. . .
48
. . .
1
. . .
7 4 2
8
. . .
14 Mhow and Indore ...... 631.9
32.5
8 ...
18 ...
305 1 ... ...
2
...
42 ... 14 ... ...
...
. . .
...
... ... 10
. . .
...
. . . 18
. . .
...
...
78 ...
17 ... 32
. . . 60 ... 1 ...
4 ... 12
...
3 ...
4
. . . 57 ... 29 ... 3 ... 1 ...
117
. . .
2 ...
837
1 ...
...
25th
do.
... Mhow and Indore
633.5
24.5 12
2
2
...
389 ... ... ... ... ...
36
...
13
...
1 . . ....
. . .
1
. . .
8
... ... ...
32
. . .1
. . .
64 ...
21 . . .
13
. . .
57
. . .
4 . . .
2 ...
4 . . .
5 ...
1
. . .
36
. . .34
. . .
9
. . . 3
. . .
1 1 3
. . .
. . .
. . .
8 6 1
2
..
2 Poona
598.0
30.2
12 ...
...
. . .
318... ...
. . .
. . .
. . .43
. . .
49 . . .2
. . . . . .
. . ....
...
11
1 ...
. . .
18 . . ....
. . .
58 2
6
. . .
19 1
13
. . .
6
. . .
8 ...
24
. . .
2
. . . 10
. . .
73 ...
26 1
6 ...
. . .
. . .123
. . . . ... ... 827
5 ...
1
26th
do.
... Poona
581.0
23.5
6 ...
...
...
357 1
1 1
13 . . .
33
...
34 ...
4
. . ....
. . .
. . .
. . .
6 . . . ... ...
43
. . .
1
. . .
42 1
19
. . .
30
. . .
21 ...
3 . . .
7 1
1 7 . . .
1 ...
7
. . .
51 . . .
37
. . .
4 ...
. . . ...
69 ... ...
. . .
8 0 6
4 ...
. . . Hyderabad
655.0
38.0
4 ...
...
...
594 1 ...
. . . 1 ...
27
. . . 20
. . . 1
. . . . . .
. . ....
...
. . .
. . ....
. . . 12
. . ....
. . .
27
4
6 ... 15
1 19 ...
2 ...
4 ...
4
. . . 11 ...
8
. . . 25 ... 21
1 ...
...
. . . ...
129
. . .
2 ...
932
7 ...
32
27th
do.
... Hyderabad
636.2
27.0 13
1
...
...
306 ...
. . . ...
1 ...
23
...
33
...
1
... ...
. . .
. . .
. . .
. . . . . . ... ...
26
. . ....
. . .
28 1
14
. . .
21 ...
14 ...
2 1
3 ...
2 2.
. .
1 ...
8 ...
62 ...
13
1
4
. . . 1 ...
1 0 0 ...
...
...
6 9 6
4
. . .
46Rajkot and Dwarka ... 612.6
23.3
... ...
17
. . .
227 5
4
2
. . .
. . .
96
1 11
. . . 37
2 ... ... 3
... 4
1 1 1 14 ... 1
. . .
57
1 11 ... 39
. . . 30 ...
5 ... 8 ... 8
. . . 4 ...
1
. . . 39 ... 14 ... 2
...
2 . . .
62
. . . ... ... 697
13 ...
...
28th
do.
... Rajkot and Dwarka
622.6
15.0
. . . ...
37
...
96 ... ... ...
3 ...
37
1
4
11 . . .
...
. . .
2
1
4 . . .
1
...
12
...
...
...
34 1
11
...
18
. . .
24
. . .
4
... ... ...
1 . . .
14 ...
7
. . .
13 . . . 24
. . .
2
1 2
. . .
31 ...
. . .
. . .
3 9 2
4
1
10 Kurradhee ............... 627.2
18.0
. . . ...
...
. . .
342 ...
...
. . . ... ...
33 ...
9
... ... ... ... ...
1
... . . .
... ... ... 18 ... 3
. . .
33
3 10 . . .
2
1
8
1 ...
... . . .
...
8
. . . 9
. . . 20
. . . 50 ... 16 ...
5 ...
2
...
47
. . . ... ...
616
5 ...
30
29th
do.
... Kurrachee
615.2
17.1
1
. . .
. . .
....
218 ... ... ...
1 ...
31 ...
9 ...
3 . . .
...
. . .
. . . ...
... . . . ... ...
14
. . . 2
. . .
19 2
8
. . .
2
. . .
6
1
2 . . .
. . ....
7
...
6 ...
19 ...
38 ...
6
...
6
. . . 3 ...
35 ... ...
. . .
4 3 6
3 ...
. . .
Jacobabad
577 9
34.8
4
...
...
...
687 2 33
21 ... ...
61 ... 18 ... 1
. . .
...
. . . 3 ...
4 ... 4
. . . 19 ... 1
1
69 10 96
3 35
. . . 40
. . .
1 ...
26 2
15
. . . 18 ... 22
. . . 104 ... 41 2
19 1
5
. . . 142 ... ...... 1,468
42 ...
78
30th
do.
... Jacobabad and Mittri. 610.0
25.4
8 ...
...
...
321 1 ... ...
1 ...
54 ...
12 ...
5 . . .
...
. . .
3
1
11
1 3
...
17 ... 1
...
70 6
40 2
35
1
33
..
2
...
16
...
6 . . .
29 ...
16
. . .
55
. . .30
. . .
6
1
4
. . .
1 2 7
. . .
. . .
. . .
9 0 5
13
. . .
75 Kharmaksar .....
89.5
6.1
. . . ...
...
. . .
98 ... ...
. . .
. . .
. . .
6
. . . 7
. . ....
. . . . . .
. . . 2 ...
. . .
. . .
...
. . .
3
. . ....
. . .
6 ...
. . .
. . .
3 . . .
2
. . .
. . .
. . . . . . ....
1
. . .
. . .
. . .2
. . .
15 ...
9 1 ...
...
. . .
. . .6
. . ....
... 160
1 ...
. . .
Aden Troop
... Kharmaksar
87.7
4.3
. . . . . .
3 .... 74
. . .
. . ....
. . .
. . .
9 ...
. . .
. . .
5 . . . ...
. . .
. . .
. . .
5 . . .... ... 3
. . .... ...
10 ...
4
. . .
8
. . .
6
. . .
. . . . . .
1 ... 1
. . .
1
...
3
. . .
4
. . .
3
...
4
. . .
. . . . . .
1 8
. . .
. . .
...
1 6 2
. . .
. . .
. . .
Total...
1877
22,561.0 788.3 231
4
773
2 11,240 37
67 39
56 2 1,316 2 632 ... 182
4 4 ...
79 9 242 9 24 ... 1040 ... 27 6 1,193 45 806
14 807
6 756 4 140
11
93 1
365
... 214
...
3 8 3
1 1,426
1 801
4 320
5
41 3 2,658
6
4
. . .
25,920
2 1 5
11 473
Total ..... 22,583.3 856.8 177
1
234
3 12,528 44 112 53 70
3 1,665
4 506 ... 203
4 4
. . . 87
9 219
9 31
1
790
... 52 8 1,493 55
7 7 9
10 738
8 842
6
1 4 6 5 105
2 336
. . .
231 ... 466
1 1,651 ...
8 2 2
12 317
6 34 ...
2,984 3 11
.. 27,634
247
2 459
1876
...22,583.3
856.8 177
1
234
3 12,528 44 112 53
70 3 1,665 4 506
. . . 203 4 4 ...
87
9 219
9 31 1
790
... 52
8 1,493
55
779
10
7 3 8
8
8 4 2
6
1 4 6
5
1 0 5 2 336 ...
2 3 2...
4 6 6 1 1,651
. . . 822
12
3 1 7 6
34 . . .
2 , 9 8 4 3
11 ... 27,634 247
2
4 5 9
1875
... 22,819 772.7 150
1
691
2 10,566 22 120 71
98 ... 1,588 4
5 4 4
1
1 9 8
4 8
3
78
9
2 7 7 10 40 ... 752
... 53
8
1,491
43
7 0 6 7
6 3 5
2
9 2 9
4
1 4 5 5
1 6 2
1
276 ...
2 7 0 ...
4 9 9
1 1,644 ... 847
4
2 8 2 7
29 1 3,073 3
6
. . . 26,157
2 1 3 8
3 6 6
1874
... 22,750 835.7 233
1
560
1 12,733 42
1 ...
81 ...
1,474
4
496 1
2 2 8 2
8
. . .
1 0 1
8
224
7
22
...
938 ...
69
7
1,437
54
5 3 2 5
5 2 5
8
8 4 3
5 115
9 145
... 303 ...
3 3 4 2
3 7 7
. . . 1,646
. . . 940
8
2 8 9 7
17 2 2,721 3
10... 27,402 176 ...
...
1873
... 22,967 876.2 162
1 1,039 ... 13,994 30
. . . ....
114
. . .
1,661
1
4 9 2
1
2 9 4 4 8
1
8 5
4
223
9
21 ... 988 ...
48
4
1,335
57
6 4 0 4
6 7 9
14 939 4 115 3
1 5 1 3 376
. . .
4 9 1 1
4 5 7 1 1,713
. . . 869
10 242
6 39 ... 2,792
7
7 ...
2 9 , 9 6 4
1 6 5 ...
...
1872
... 22,903 1,040.0 541
3 4,742
3
1 6 , 8 4 9
52
29 18
1 2 3
2 1,912
3
4 7 7 1
291
4 6
1
90
6
2 0 8 8 19 ... 933
. . .
53
5 1,115
68
7 4 1 7
9 7 7 8 959 4 107 7 162
1 319
...
4 0 5 1 543 1 1,689 2 681
5 245
11 38
. . . 2,805
4 15 . . . 30,072 226 ...
. . .
1871
... 22,959 990.2 97
... 1,351
2 14,432 55
4 3
58
2
1 , 6 4 78
5 7 3 3
2 3 8 9 10
1
1 1 2
5
2 5 6 12 24 1 933
...
36
10
1 , 2 0 771
6 9 0 4
6 4 5
8
9 1 2
4
1 0 4 8
1 2 51 329
2
5 1 41
5 6 6 6
1
1 , 7 2 7
2 680
9
2 1 6 9
39 2
3 , 0 1 9
3
1 0 4
..
3 0 , 6 0 8
2 3 6
. . .
. . .
27 m